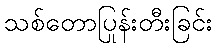
သစ်တောပြုန်းတီးခြင်း